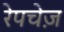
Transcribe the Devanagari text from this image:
रेपचेज़